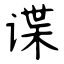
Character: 谍